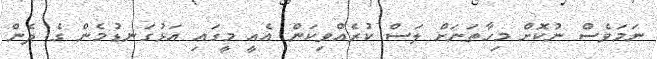
ނަމަވެސް ނުކޮށް މިހާތަނަށް ލަސް ކުރެއްވިކަން އެއީ މީގައި އަޅުގަނޑުމެން ގެ ދެން